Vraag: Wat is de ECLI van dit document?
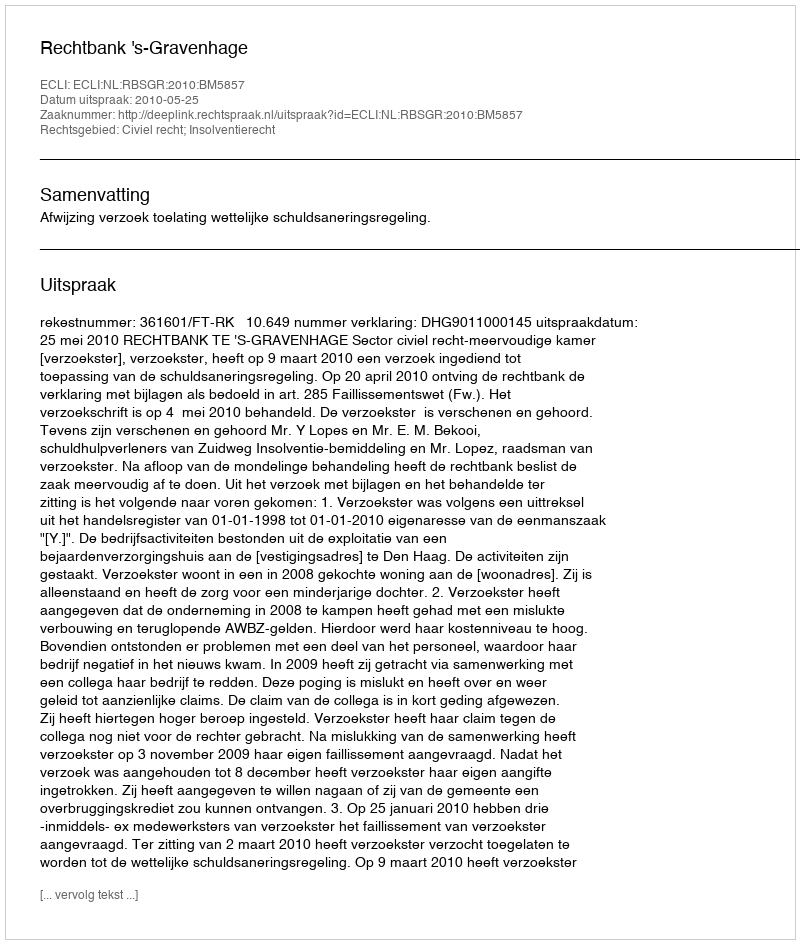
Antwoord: ECLI:NL:RBSGR:2010:BM5857